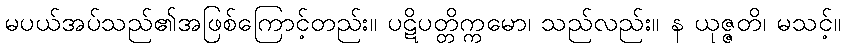
မပယ်အပ်သည်၏အဖြစ်ကြောင့်တည်း။ ပဋိပတ္တိက္ကမော၊ သည်လည်း။ န ယုဇ္ဇတိ၊ မသင့်။